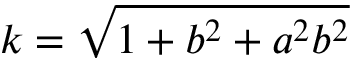
k = \sqrt { 1 + b ^ { 2 } + a ^ { 2 } b ^ { 2 } }